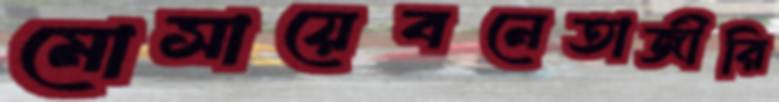
মোসায়েবনেতাজীরি